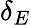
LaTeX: \delta_{E}